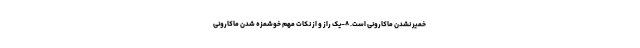
خمیر نشدن ماکارونی است. ۸-یک راز و از نکات مهم خوشمزه شدن ماکارونی